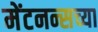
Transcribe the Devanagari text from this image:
मेंटनन्सच्या